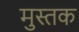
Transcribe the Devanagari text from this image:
मुस्तक